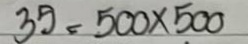
35 = 500 x 500